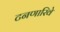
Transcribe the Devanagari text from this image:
टनणारिवे